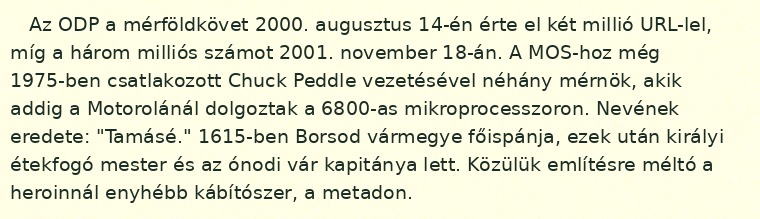
Az ODP a mérföldkövet 2000. augusztus 14-én érte el két millió URL-lel, míg a három milliós számot 2001. november 18-án. A MOS-hoz még 1975-ben csatlakozott Chuck Peddle vezetésével néhány mérnök, akik addig a Motorolánál dolgoztak a 6800-as mikroprocesszoron. Nevének eredete: "Tamásé." 1615-ben Borsod vármegye főispánja, ezek után királyi étekfogó mester és az ónodi vár kapitánya lett. Közülük említésre méltó a heroinnál enyhébb kábítószer, a metadon.